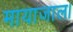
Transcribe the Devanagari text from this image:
मायाजाल।